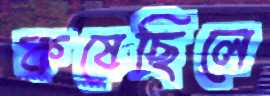
কষেছিলে